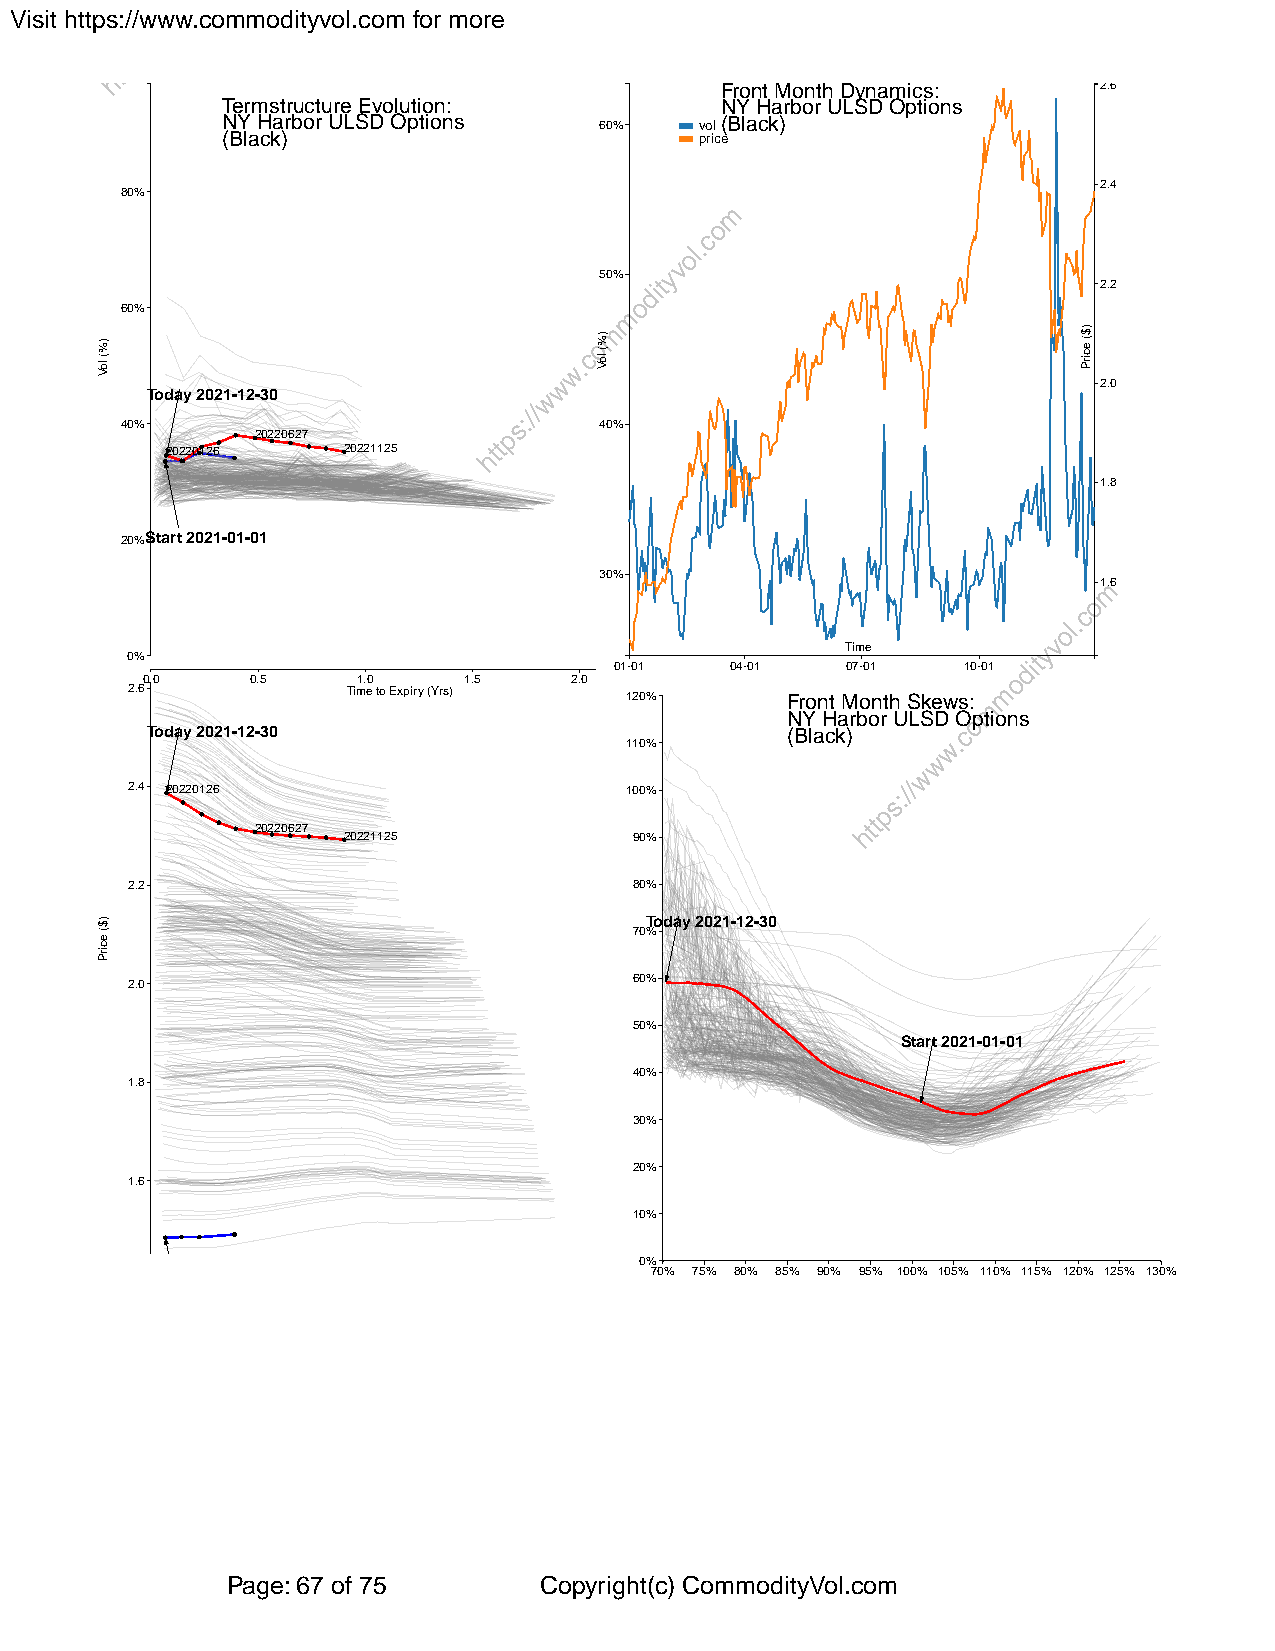
Visit https://www.commodityvol.com for more
 Front Month Dynamics:    2.6
 Termstructure Evolution:         NY Harbor ULSD Options
 NY Harbor ULSD Options   60%   vol(Black)
 (Black)                        price
 2.4
 80%
 50%
 2.2
 60%
 2.0
 Today 2021-12-30
 40%                             40%
 20220627
 20220126    20221125
 1.8
 20%Start 2021-01-01
 30%
 1.6
 Time
 0%
 01-01  04-01   07-01   10-01
 0.0     0.5    1.0    1.5    2.0
 2.6            Time to Expiry (Yrs) 120%    Front Month Skews:
 NY Harbor ULSD Options
 Today 2021-12-30                          (Black)
 110%
 2.4 20220126                     100%
 20220627
 20221125           90%
 2.2                               80%
 Today 2021-12-30
 70%
 2.0                               60%
 50%
 Start 2021-01-01
 40%
 1.8
 30%
 20%
 1.6
 10%
 0%
 70% 75% 80% 85% 90% 95% 100% 105% 110% 115% 120% 125% 130%
 Start 2021-01-01
 Page: 67 of 75       Copyright(c) CommodityVol.com
 )%(
 loV
 )$(
 ecirP
 )%(
 loV
 )$(
 ecirP